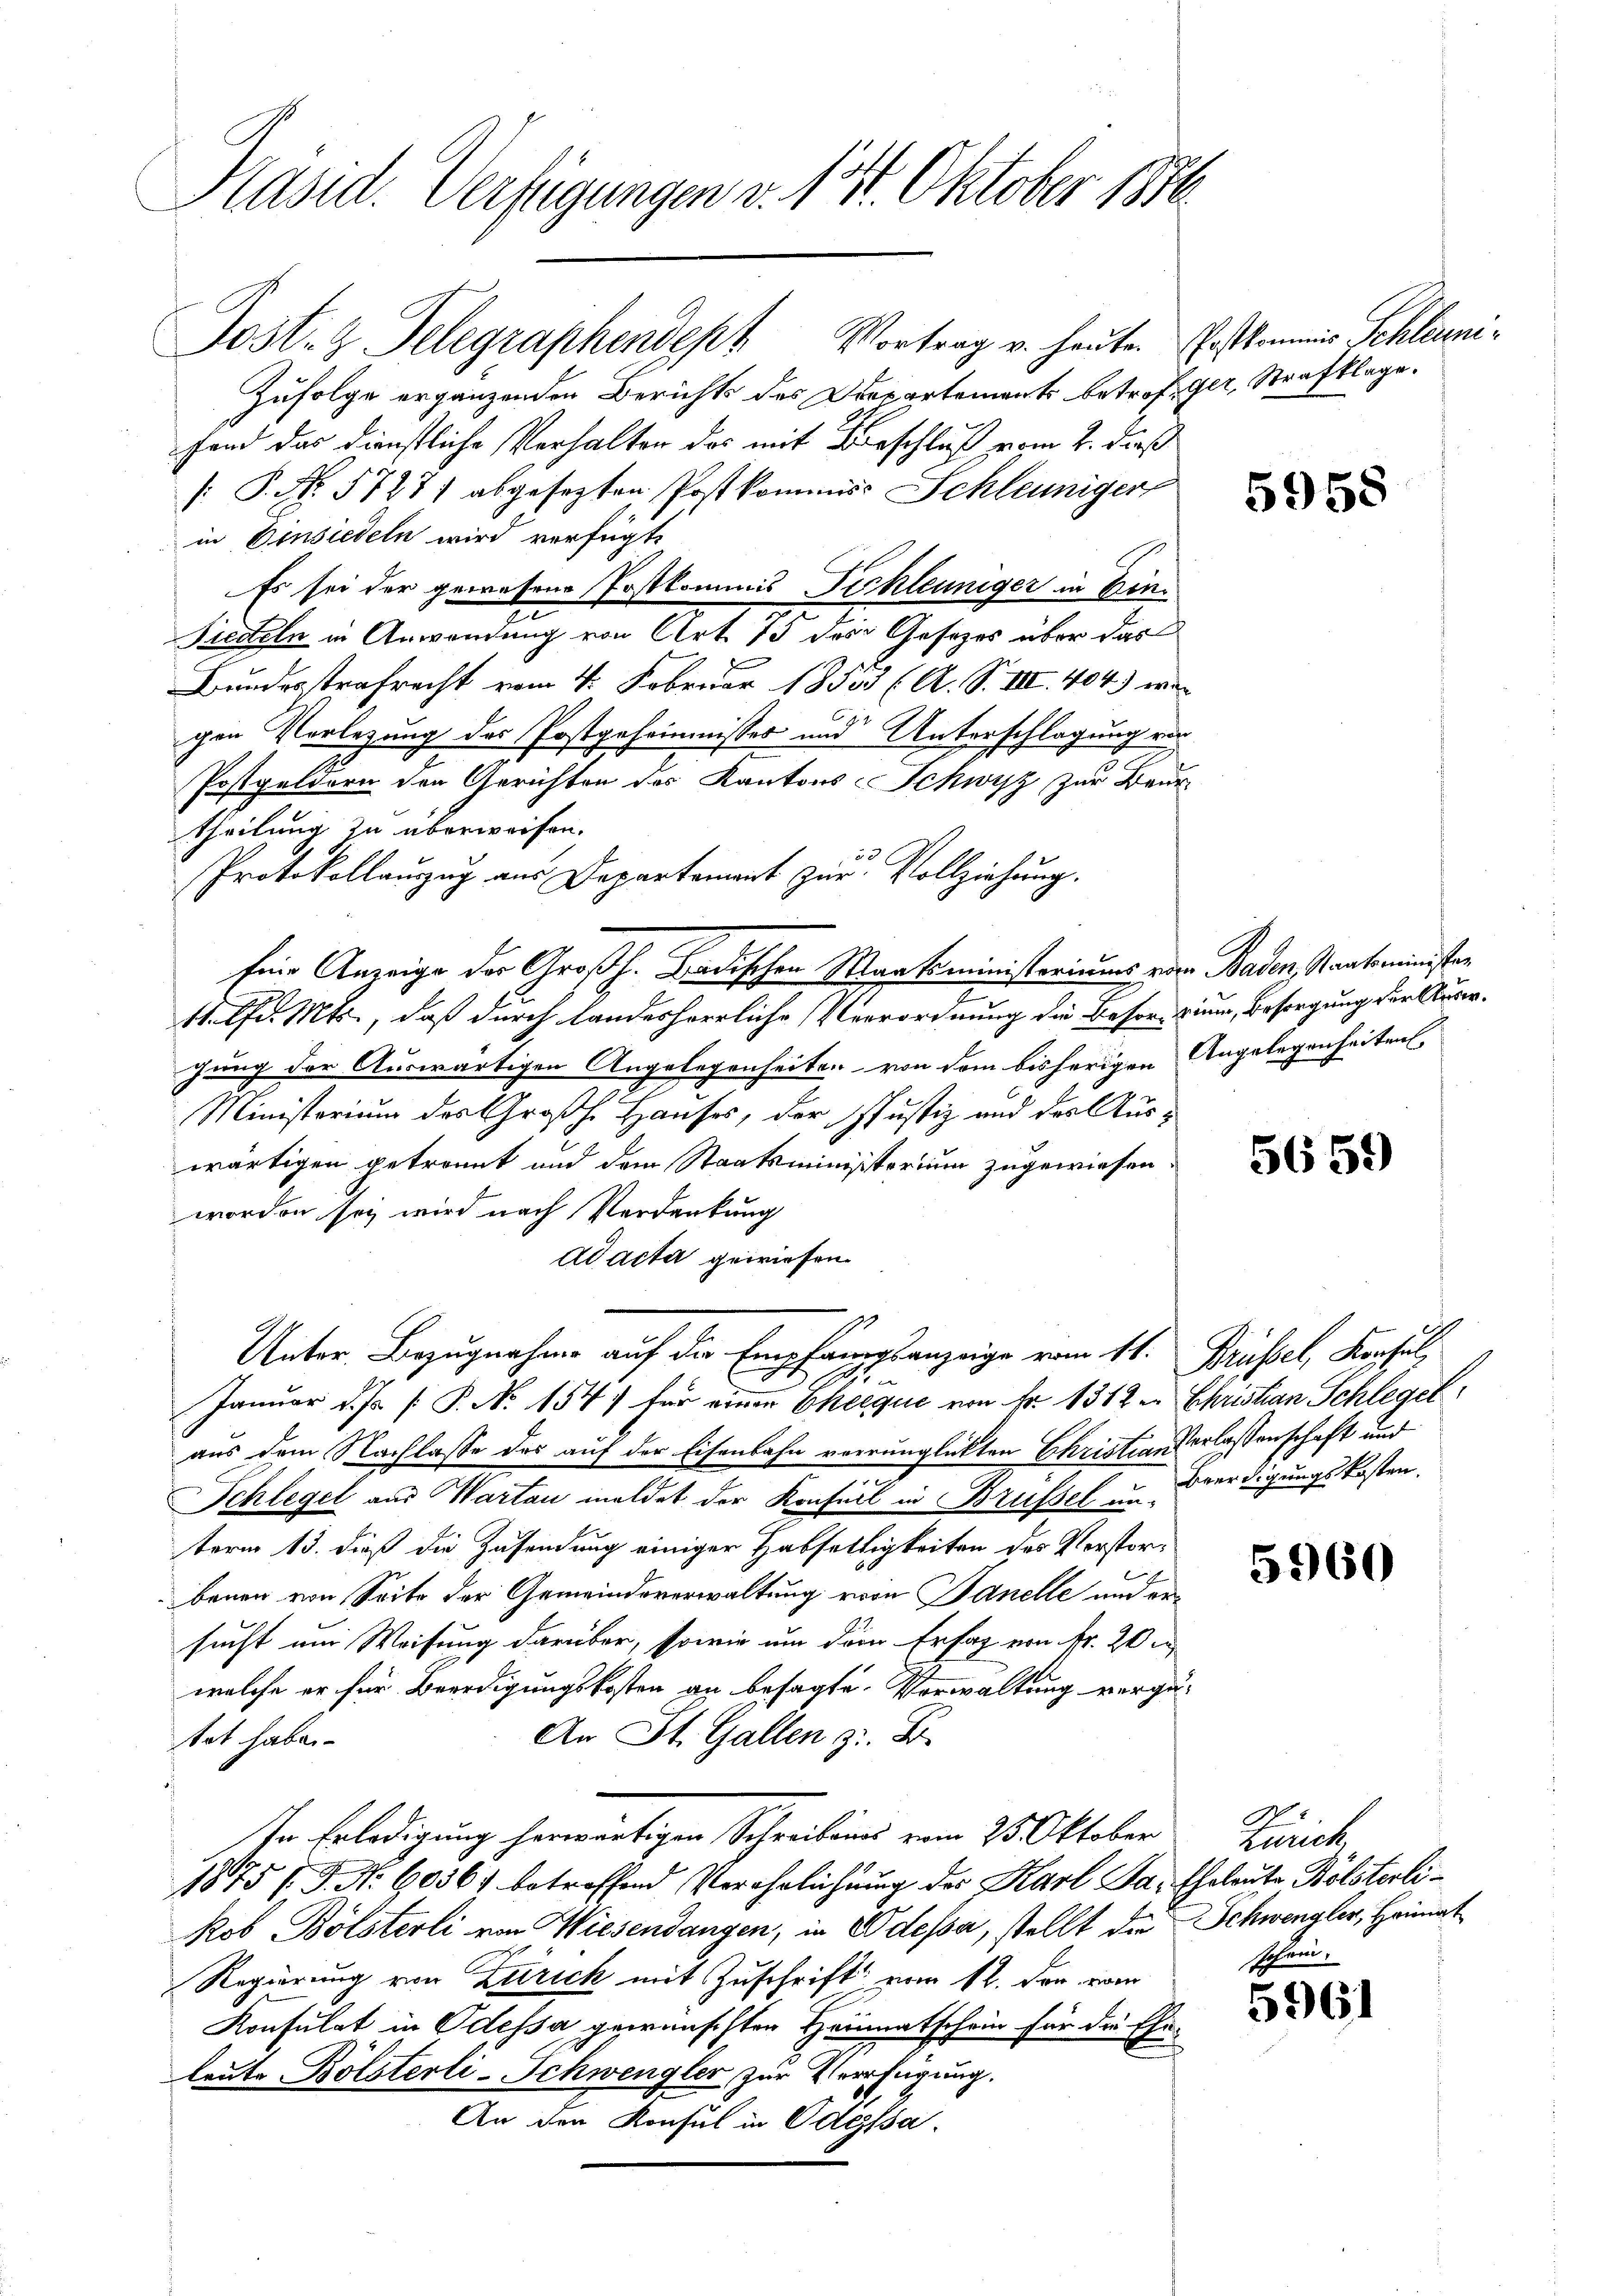
Präsid. Verfügungen v. 15. Oktober 1890.

Jost z. Telegraphendept Vortrag v. heute.
Zufolge ergänzenden Berichts des Departements betroffand das dienstliche Verhalten das mit Beschluß vom 2. dieß
s: P. Nr. 5727 abgesezten Postkommiss Schleuniger
in Einsiedeln wird verfügt,
Es sei der gewesene Postkommnis Pichleuniger in Eine
Stedeln in Anwendung von Art. 13 der Gesetzes über das
Bundesstrafrecht vom 4. Februar 18553 (A. S. III. 404. w.
gen Vorlegung des Postgeheimnisser und Unterschlagung en
Postgeldern den Gerichten des Kantons-Schwyz zur Beur
theilung zu überweisen.
.
Protokollauszug aus Departement zur Vollziehung.
Eine Anzeige der Großh. Badischen Wartsministeriums oder Baden, Stankoministen
7
11. Pfd. Mts., daß durch landesherrliche Verrordnung die Besorium, Besorgung der Kluser.
gung der Auswärtigen Angelegenheiten von dem bisherigen
Ministerium des Großh. Hauses, der Justiz und der Auswärtigen getrennt und dem Staatsministerium zugewiesen,
worden sey wird nach Verdankung
Ad acta gewiesen.
Unter Bezugnahme auf die Empfangsanzeige vom 11.
1
Januar d. Js. [ P. No 154. für einen Ehleque von Nr. 1312
aus dem Nachlasse das auf der Eisenbahn verrunglickten Christian verlassenschaft und
Schlegel aus Wartau meldet der Konseil in Brüssel in Beerdigungskosten,
term 13. dieß die Zusendung einiger Habselligkeiten des Vorstorbenen von Seite der Gemeindsverwaltung von Banelle und ersucht um Weisung darüber, sowie um den Erfag von Fr. 20 u
welche er für Beerdigungskosten an besagte Verwaltung verge¬
An St. Gallen z. B.
tat haben
In Erledigung herwärtigen Schreibens vom 25. Oktober
18775 f. J. No. 60361 betreffend Verehrlichung des Karl Stakob Bölsterli von Wiesendangen, in Odessa, stellt die
Regierung von Zürich mit Zuschrift vom 12. den vom
Konsulat in Odessa gewünschten Heimatschein für die Ehe-
leute Bölsterli-Schwengler zur Verfügung.
An den Konsul in Odessa.

Erstkommis Schleuniger, Strafklage.

5958

Angelegenheiten.

5659)

Brüssel, Konsul
Christian Schlegel

5960

Zürich
Eheleute Bölsterli¬
Schwengler, Heimat
uni

S
5961